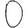
Digit: 0